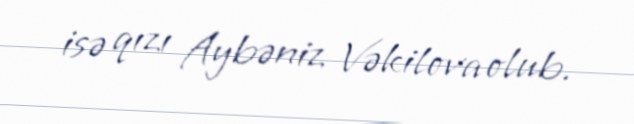
isə qızı Aybəniz Vəkilova olub.